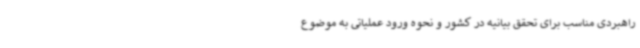
راهبردی مناسب برای تحقق بیانیه در کشور و نحوه ورود عملیاتی به موضوع